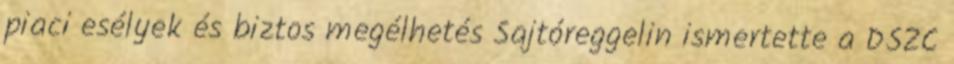
piaci esélyek és biztos megélhetés Sajtóreggelin ismertette a DSZC